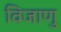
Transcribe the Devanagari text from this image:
विजाणु